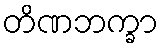
တိဏဘက္ခာ